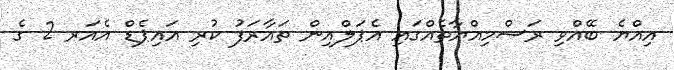
އިއްޔެ ބޭއްވި ރަސްމިއްޔާތެއްގައި އެޕަލްއިން ތައާރަފު ކުރި އައިޕެޑް އެއަރ 2 ގެ